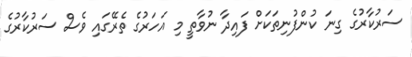
ސަރުކާރުގެ ގިނަ ކުންފުނިތަކަށް ފައިދާ ނުވާތީ މި އަހަރުގެ ތެރޭގައި ވެސް ސަރުކާރުގެ